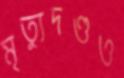
মৃত্যুদণ্ডও